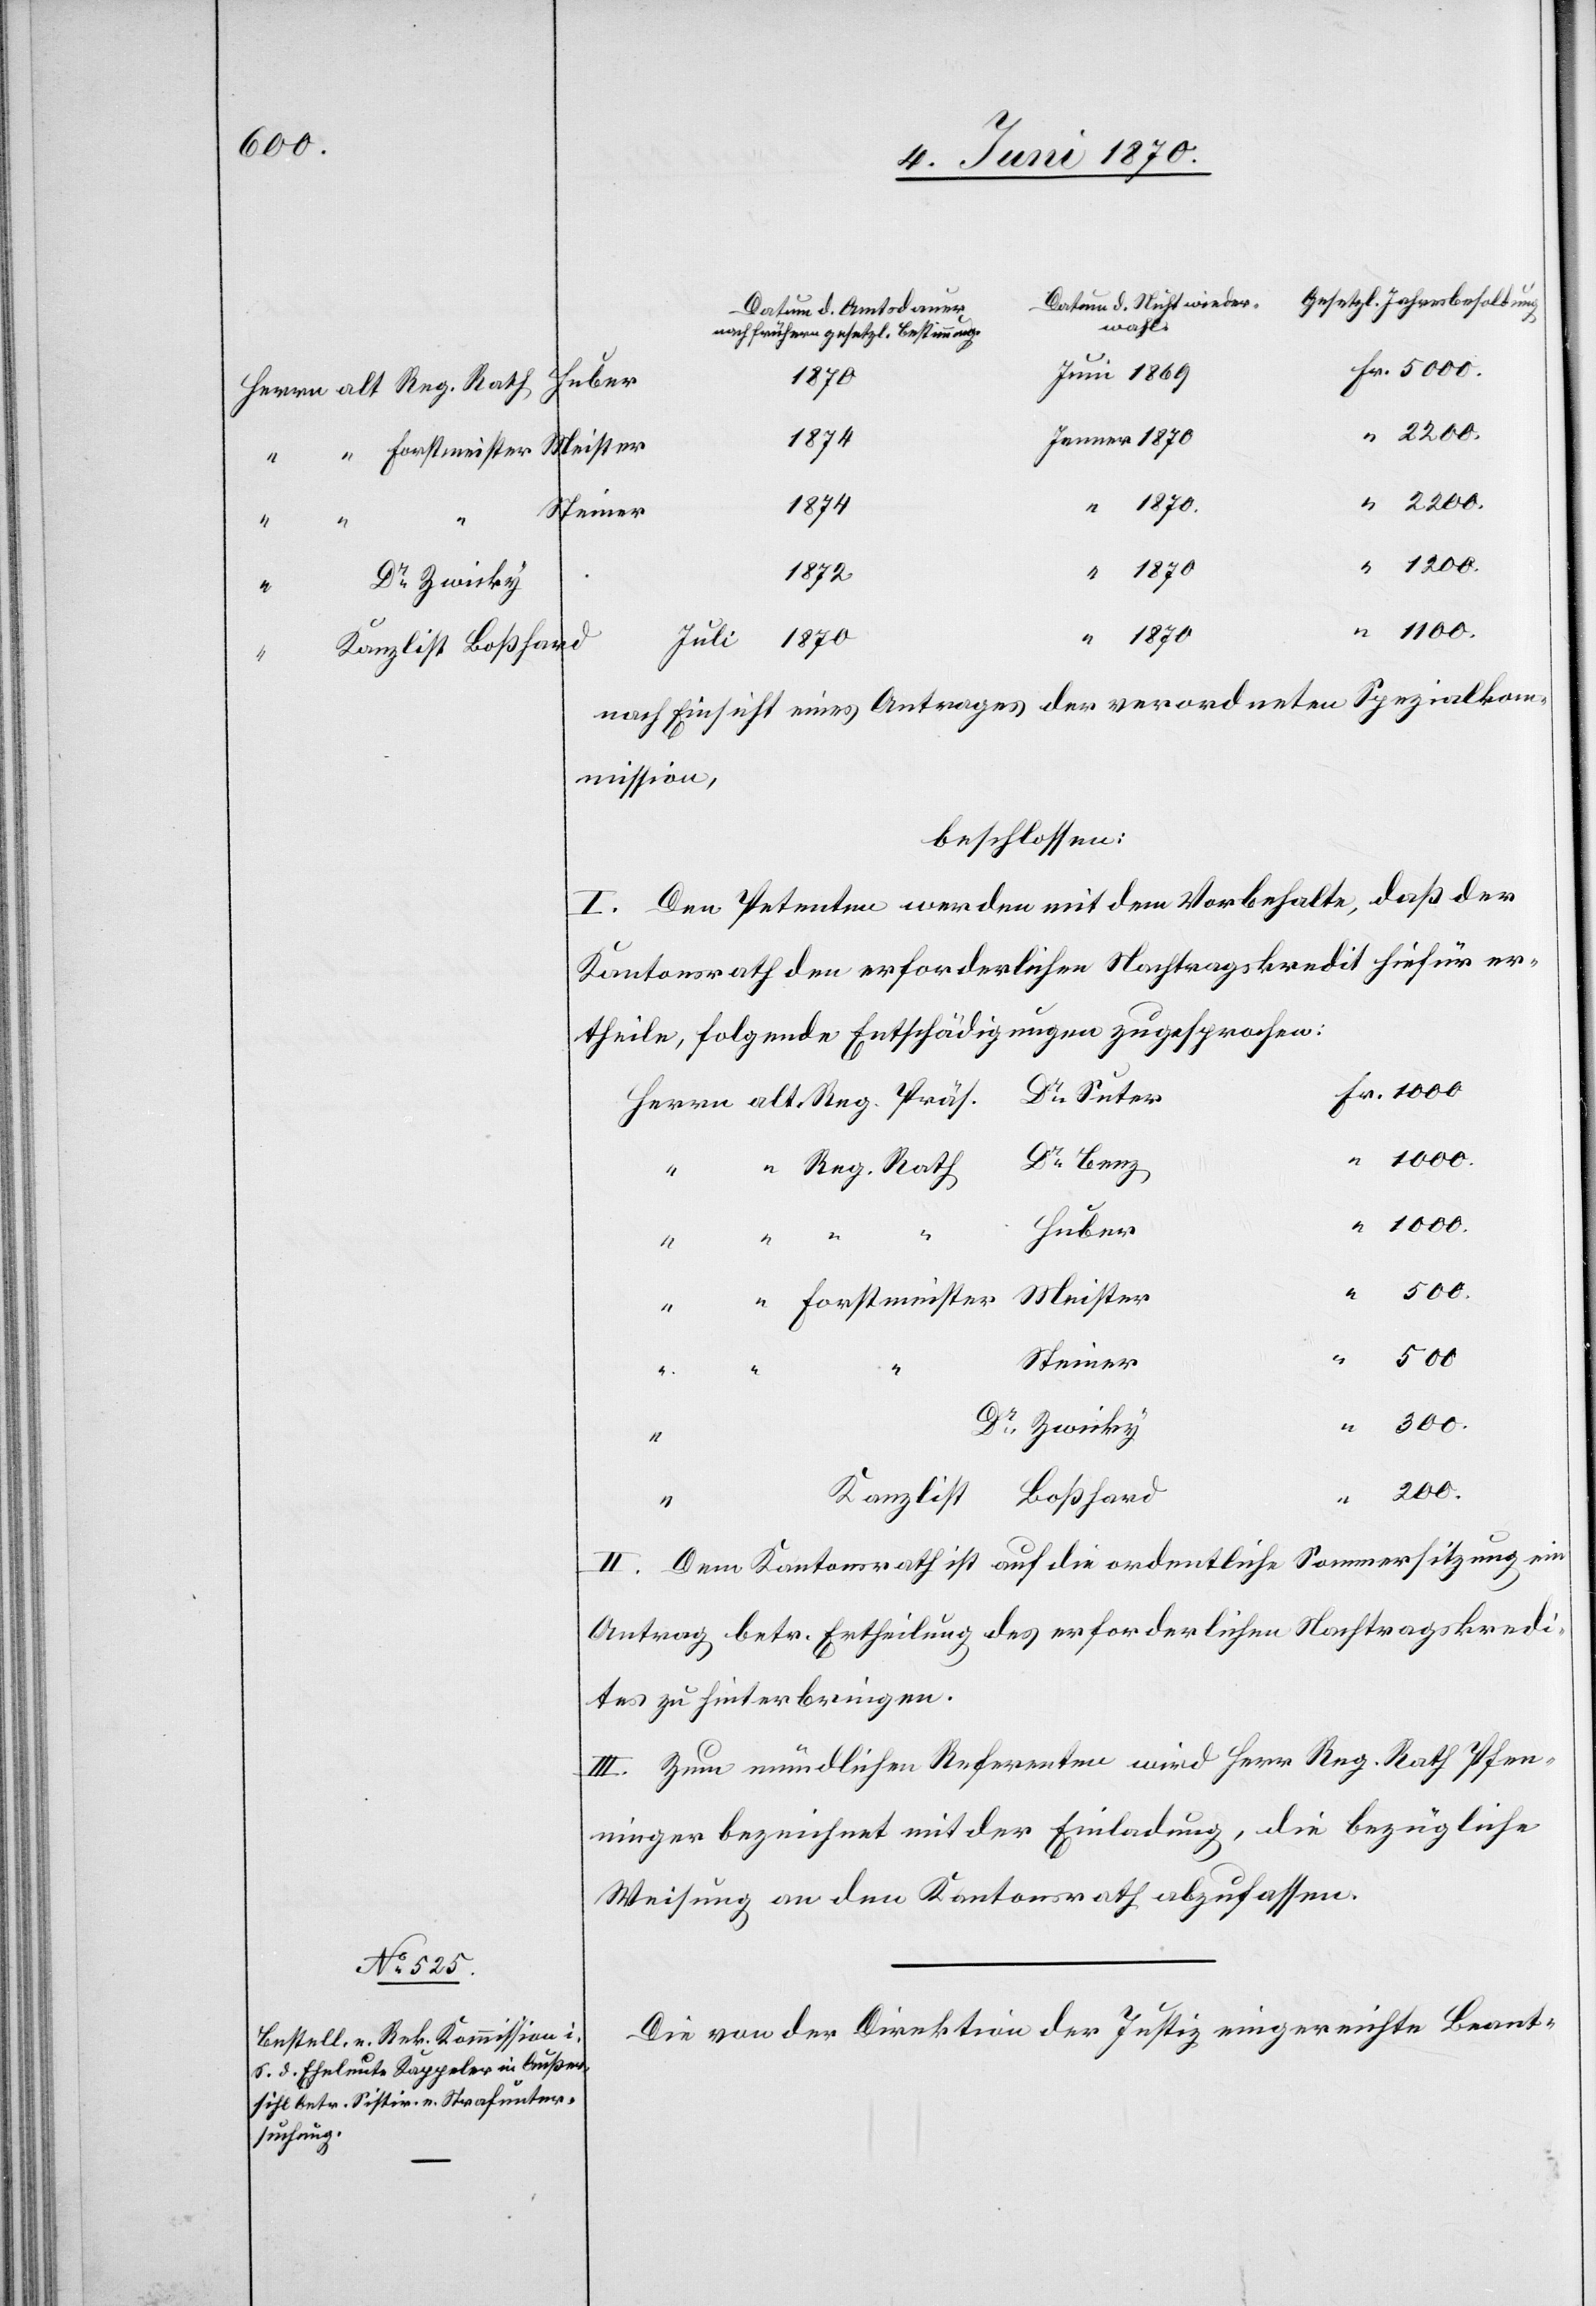
alt.
1870
Meister
1874
1870.
Jenner
1872
Juli 1870
nach Einsicht eines Antrages der verordneten Spezialkom¬
mission,
beschlossen:
I. Den Petenten werden mit dem Vorbehalte, daß der
Kantonsrath den erforderlichen Nachtragskredit hiefür er¬
theile, folgende Entschädigungen zugesprochen:
1000.
Dr Benz
Huber
“
300.
“
“
Dr
Steiner
200.
II. Dem Kantonsrath ist auf die ordentliche Sommersitzung ein
Antrag betr. Ertheilung des erforderlichen Nachtragskredi¬
tes zu hinterbringen.
III. Zum mündlichen Referenten wird Herr Reg. Rath Pfen¬
ninger bezeichnet mit der Einladung, die bezügliche
Weisung an den Kantonsrath abzufassen.
Die von der Direktion der Justiz eingereichte Beant-